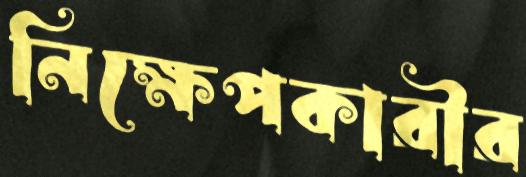
নিক্ষেপকারীর